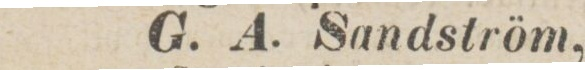
G. A. Sandström,